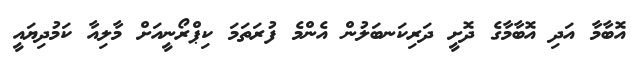
އޮބާމާ އަދި އޮބާމާގެ ދޮށީ ދަރިކަނބަލުން އެންމެ ފުރަތަމަ ކިޕްރޯނީއަށް މާލިއާ ކަމުދިޔައީ